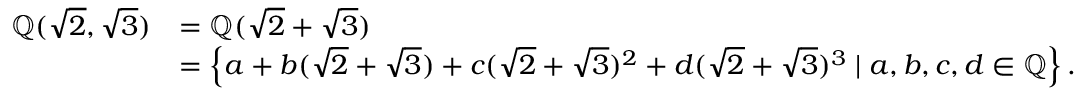
{ \begin{array} { r l } { \mathbb { Q } ( { \sqrt { 2 } } , { \sqrt { 3 } } ) } & { = \mathbb { Q } ( { \sqrt { 2 } } + { \sqrt { 3 } } ) } \\ & { = \left\{ a + b ( { \sqrt { 2 } } + { \sqrt { 3 } } ) + c ( { \sqrt { 2 } } + { \sqrt { 3 } } ) ^ { 2 } + d ( { \sqrt { 2 } } + { \sqrt { 3 } } ) ^ { 3 } \mid a , b , c , d \in \mathbb { Q } \right\} . } \end{array} }